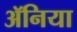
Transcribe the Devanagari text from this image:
ॲनिया